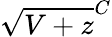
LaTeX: \sqrt{V+z}^{C}